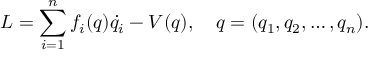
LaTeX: L = \sum _ { i = 1 } ^ { n } f _ { i } ( q ) \dot { q } _ { i } - V ( q ) , \quad q = ( q _ { 1 } , q _ { 2 } , \ldots , q _ { n } ) { . }